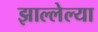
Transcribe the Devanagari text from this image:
झाल्लेल्या